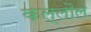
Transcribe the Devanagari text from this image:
कल्लौल